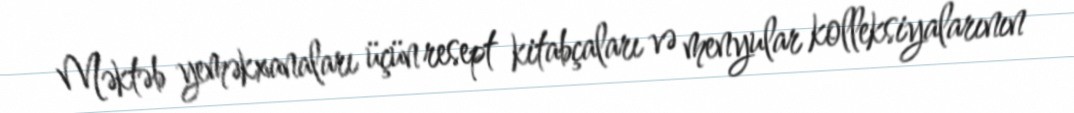
Məktəb yeməkxanaları üçün resept kitabçaları və menyular kolleksiyalarının